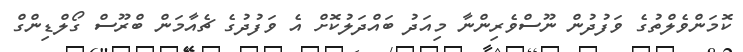
ކޮމަންވެލްތުގެ ވަފުދުން ނޫސްވެރިންނާ މިއަދު ބައްދަލުކޮށް އެ ވަފުދުގެ ޗެއާމަން ބްރޫސް ގޯލްޑިންގް